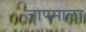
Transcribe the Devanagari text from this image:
जापमाला